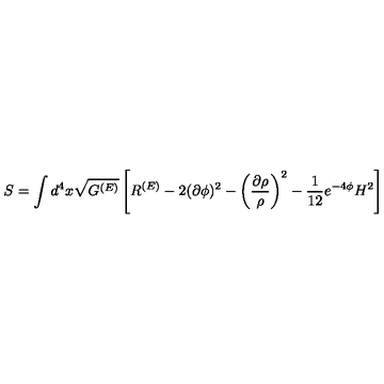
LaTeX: S = \int d ^ { 4 } x \sqrt { G ^ { ( E ) } } \left[ R ^ { ( E ) } - 2 ( \partial \phi ) ^ { 2 } - \left( \frac { \partial \rho } { \rho } \right) ^ { 2 } - \frac { 1 } { 1 2 } e ^ { - 4 \phi } H ^ { 2 } \right]